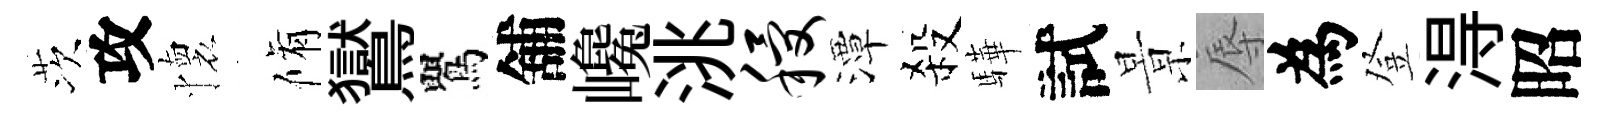
茨攻懷脩鸑鸎舖巉洮稷潭殺驊試㬌辱為登淂昭